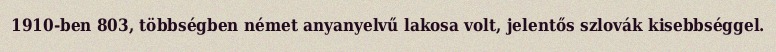
1910-ben 803, többségben német anyanyelvű lakosa volt, jelentős szlovák kisebbséggel.